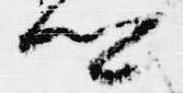
卿